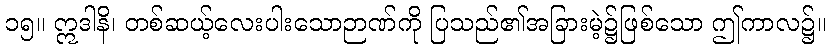
၁၅။ ဣဒါနိ၊ တစ်ဆယ့်လေးပါးသောဉာဏ်ကို ပြသည်၏အခြားမဲ့၌ဖြစ်သော ဤကာလ၌။